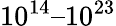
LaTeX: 10^{14}–10^{23}